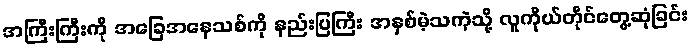
အကြီးကြီးကို အခြေအနေသစ်ကို နည်းပြကြီး အနှစ်မဲ့သကဲ့သို့ လူကိုယ်တိုင်တွေ့ဆုံခြင်း